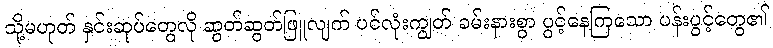
သို့မဟုတ် နှင်းဆုပ်တွေလို ဆွတ်ဆွတ်ဖြူလျက် ပင်လုံးကျွတ် ခမ်းနားစွာ ပွင့်နေကြသော ပန်းပွင့်တွေ၏